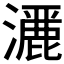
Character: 𤂢